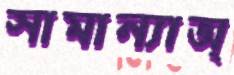
সামান্যাঅ্